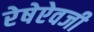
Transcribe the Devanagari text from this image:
रेषेऐवजी